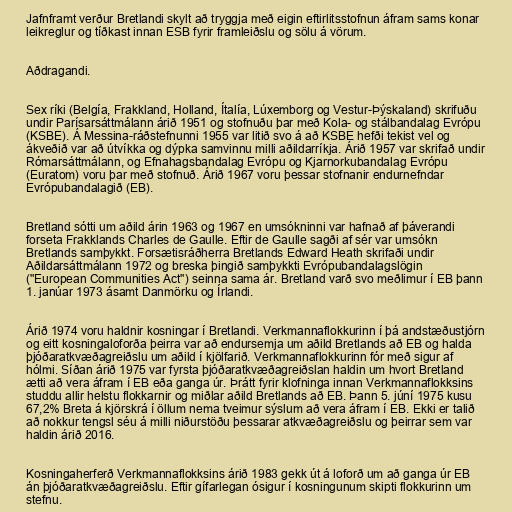
Jafnframt verður Bretlandi skylt að tryggja með eigin eftirlitsstofnun áfram sams konar
leikreglur og tíðkast innan ESB fyrir framleiðslu og sölu á vörum.

Aðdragandi.

Sex ríki (Belgía, Frakkland, Holland, Ítalía, Lúxemborg og Vestur-Þýskaland) skrifuðu
undir Parísarsáttmálann árið 1951 og stofnuðu þar með Kola- og stálbandalag Evrópu
(KSBE). Á Messina-ráðstefnunni 1955 var litið svo á að KSBE hefði tekist vel og
ákveðið var að útvíkka og dýpka samvinnu milli aðildarríkja. Árið 1957 var skrifað undir
Rómarsáttmálann, og Efnahagsbandalag Evrópu og Kjarnorkubandalag Evrópu
(Euratom) voru þar með stofnuð. Árið 1967 voru þessar stofnanir endurnefndar
Evrópubandalagið (EB).

Bretland sótti um aðild árin 1963 og 1967 en umsókninni var hafnað af þáverandi
forseta Frakklands Charles de Gaulle. Eftir de Gaulle sagði af sér var umsókn
Bretlands samþykkt. Forsætisráðherra Bretlands Edward Heath skrifaði undir
Aðildarsáttmálann 1972 og breska þingið samþykkti Evrópubandalagslögin
("European Communities Act") seinna sama ár. Bretland varð svo meðlimur í EB þann
1. janúar 1973 ásamt Danmörku og Írlandi.

Árið 1974 voru haldnir kosningar í Bretlandi. Verkmannaflokkurinn í þá andstæðustjórn
og eitt kosningaloforða þeirra var að endursemja um aðild Bretlands að EB og halda
þjóðaratkvæðagreiðslu um aðild í kjölfarið. Verkmannaflokkurinn fór með sigur af
hólmi. Síðan árið 1975 var fyrsta þjóðaratkvæðagreiðslan haldin um hvort Bretland
ætti að vera áfram í EB eða ganga úr. Þrátt fyrir klofninga innan Verkmannaflokksins
studdu allir helstu flokkarnir og miðlar aðild Bretlands að EB. Þann 5. júní 1975 kusu
67,2% Breta á kjörskrá í öllum nema tveimur sýslum að vera áfram í EB. Ekki er talið
að nokkur tengsl séu á milli niðurstöðu þessarar atkvæðagreiðslu og þeirrar sem var
haldin árið 2016.

Kosningaherferð Verkmannaflokksins árið 1983 gekk út á loforð um að ganga úr EB
án þjóðaratkvæðagreiðslu. Eftir gífarlegan ósigur í kosningunum skipti flokkurinn um
stefnu.